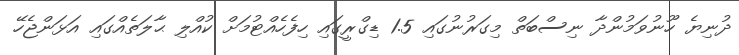
ދުނިޔެ ހޫނުވަމުންދާ ނިސްބަތް މިގަރުނުގައި 1.5 ޑިގްރީގައި ހިފެހެއްޓުމަށް ކުއްލި ޙާލަތެއްގައި އަޅަންޖެހޭ